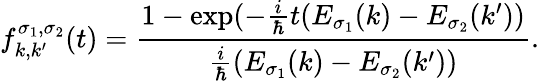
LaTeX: f_{k,k^{\prime}}^{\sigma_{1},\sigma_{2}}(t)=\frac{1-\exp(-\frac{i}{\hbar}t(E_{\sigma_{1}}(k)-E_{\sigma_{2}}(k^{\prime}))}{\frac{i}{\hbar}(E_{\sigma_{1}}(k)-E_{\sigma_{2}}(k^{\prime}))}.